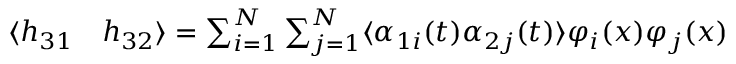
\begin{array} { r l } { \langle h _ { 3 1 } } & { { } h _ { 3 2 } \rangle = \sum _ { i = 1 } ^ { N } \sum _ { j = 1 } ^ { N } \langle \alpha _ { 1 i } ( t ) \alpha _ { 2 j } ( t ) \rangle \varphi _ { i } ( x ) \varphi _ { j } ( x ) } \end{array}